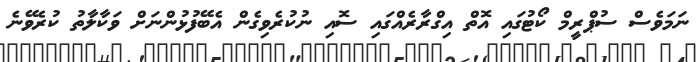
ނަމަވެސް ސުޕްރީމް ކޯޓުގައި އޮތް އިގްރާރެއްގައި ސޮއި ނުކުރެވިގެން އެބޭފުޅުންނަށް ވަކާލާތު ކުރެވޭނެ